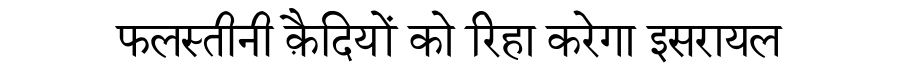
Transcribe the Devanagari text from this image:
फलस्तीनी क़ैदियों को रिहा करेगा इसरायल